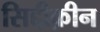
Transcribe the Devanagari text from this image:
सिद्दीक़ीन